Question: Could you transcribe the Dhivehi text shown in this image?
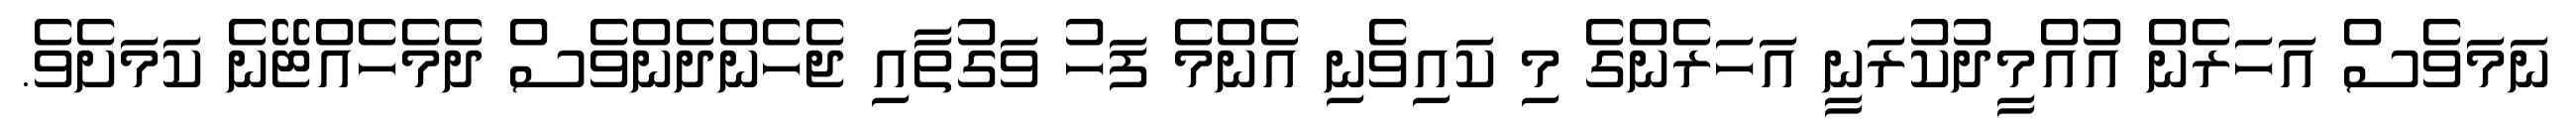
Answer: ނަމަވެސް އަހަރެން އުއްމީދުކުރަނީ އަހަރެންގެ މި ކައިވެނި އެންމެ ފަހު ވަގުތާއި ޖެހެންދެންވެސް ދެމެހެއްޓޭނެ ކަމަށެވެ.